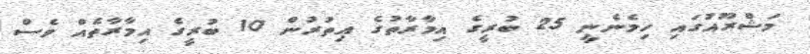
މަޝްރޫއުގައި ހިމެނެނީ 25 ބުރީގެ އިމާރާތުގެ އިތުރުން 10 ބުރީގެ އިމާރާތެއް ވެސް